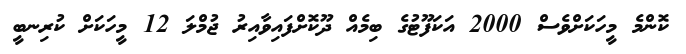
ކޮންމެ މީހަކަށްވެސް 2000 އަކަފޫޓުގެ ބިމެއް ދޫކޮށްފައިވާއިރު ޖުމްލަ 12 މީހަކަށް ކުރިނބީ